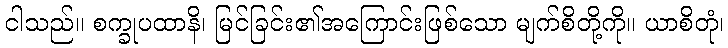
ငါသည်။ စက္ခုပထာနိ၊ မြင်ခြင်း၏အကြောင်းဖြစ်သော မျက်စိတို့ကို။ ယာစိတုံ၊